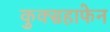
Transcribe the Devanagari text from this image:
कुक्सहाफेन